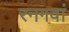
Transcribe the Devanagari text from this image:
रनगवां